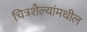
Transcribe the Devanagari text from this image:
चित्रशैल्यांमधील